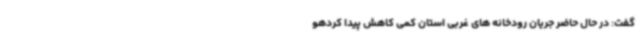
گفت: در حال حاضر جریان رودخانه های غربی استان کمی کاهش پیدا کردهو